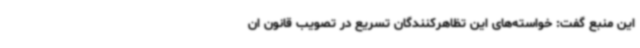
این منبع گفت: خواسته‌های این تظاهرکنندگان تسریع در تصویب قانون ان